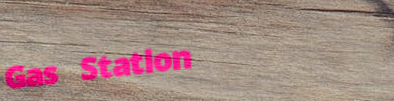
Gas Station